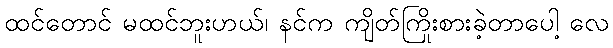
ထင်တောင် မထင်ဘူးဟယ်၊ နင်က ကျိတ်ကြိုးစားခဲ့တာပေါ့ လေ